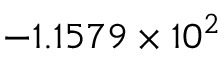
- 1 . 1 5 7 9 \times 1 0 ^ { 2 }